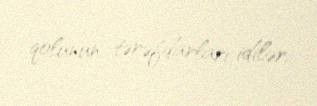
qolunun tərəfdarları idilər.